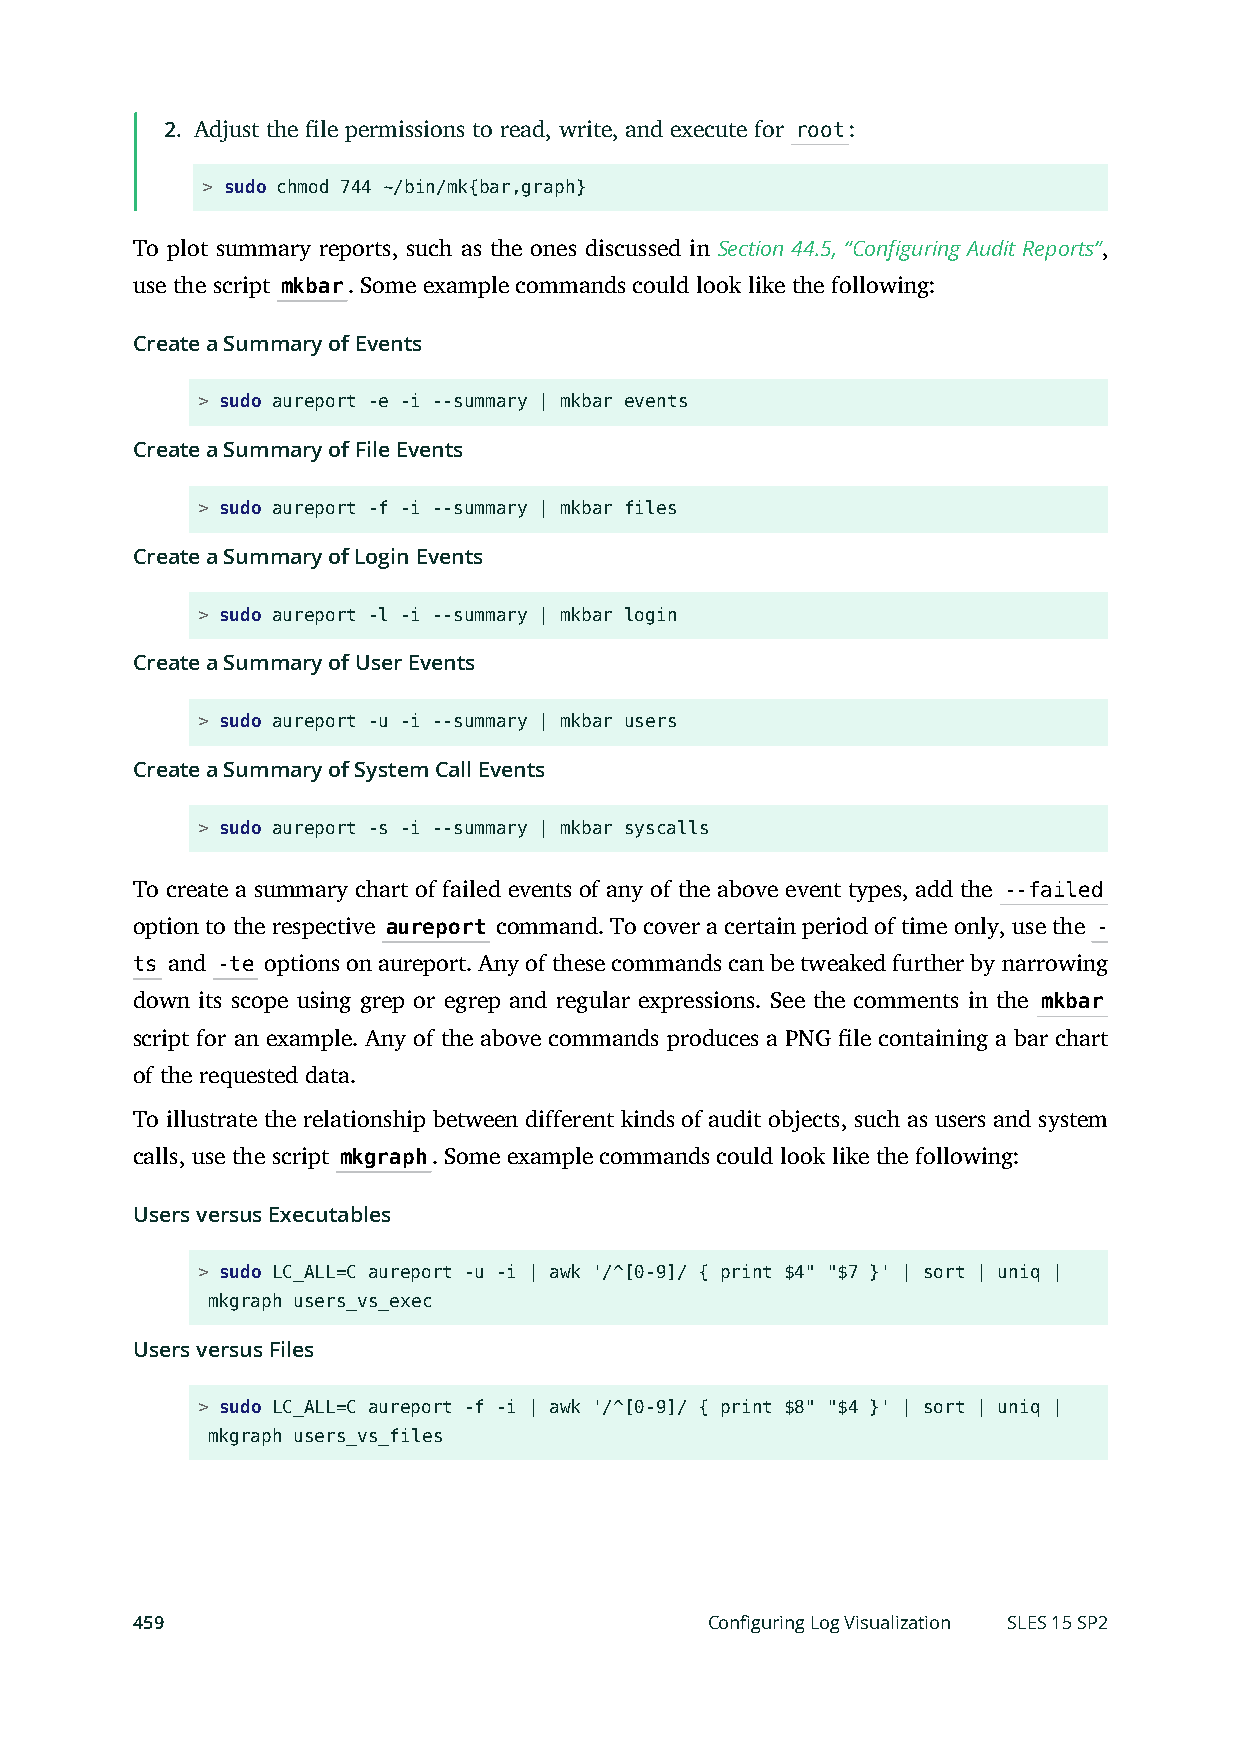
2. Adjust the le permissions to read, write, and execute for root:
 > sudo chmod 744 ~/bin/mk{bar,graph}
 To plot summary reports, such as the ones discussed in Section 44.5, “Configuring Audit Reports”,
 use the script mkbar. Some example commands could look like the following:
 Create a Summary of Events
 > sudo aureport -e -i --summary | mkbar events
 Create a Summary of File Events
 > sudo aureport -f -i --summary | mkbar files
 Create a Summary of Login Events
 > sudo aureport -l -i --summary | mkbar login
 Create a Summary of User Events
 > sudo aureport -u -i --summary | mkbar users
 Create a Summary of System Call Events
 > sudo aureport -s -i --summary | mkbar syscalls
 To create a summary chart of failed events of any of the above event types, add the --failed
 option to the respective aureport command. To cover a certain period of time only, use the -
 ts and -te options on aureport. Any of these commands can be tweaked further by narrowing
 down its scope using grep or egrep and regular expressions. See the comments in the mkbar
 script for an example. Any of the above commands produces a PNG le containing a bar chart
 of the requested data.
 To illustrate the relationship between different kinds of audit objects, such as users and system
 calls, use the script mkgraph. Some example commands could look like the following:
 Users versus Executables
 > sudo LC_ALL=C aureport -u -i | awk '/^[0-9]/ { print $4" "$7 }' | sort | uniq |
 mkgraph users_vs_exec
 Users versus Files
 > sudo LC_ALL=C aureport -f -i | awk '/^[0-9]/ { print $8" "$4 }' | sort | uniq |
 mkgraph users_vs_files
 459                                   Configuring Log Visualization SLES 15 SP2